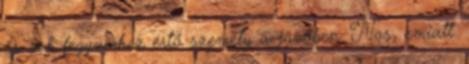
és sok fegyverhez értő személy a jövőben. Nos, emiatt.